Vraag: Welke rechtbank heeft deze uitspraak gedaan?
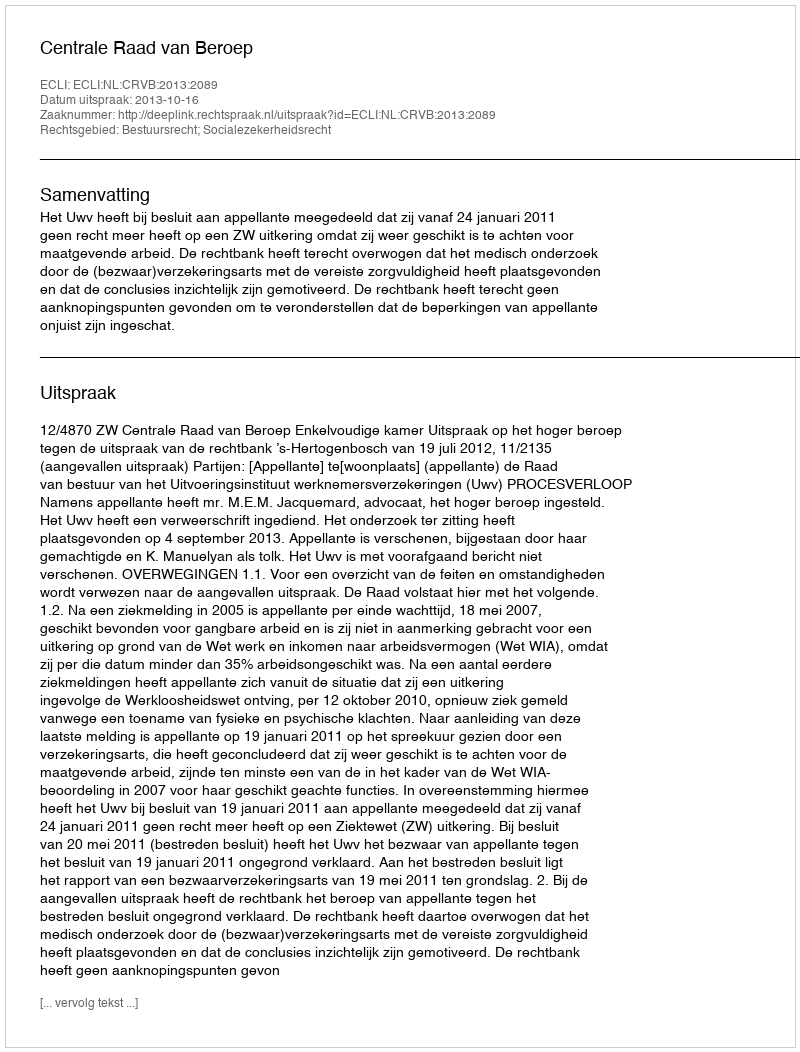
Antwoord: Centrale Raad van Beroep